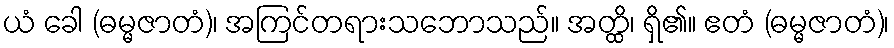
ယံ ခေါ (ဓမ္မဇာတံ)၊ အကြင်တရားသဘောသည်။ အတ္ထိ၊ ရှိ၏။ ဧတံ (ဓမ္မဇာတံ)၊